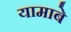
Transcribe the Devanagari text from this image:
यामाबे